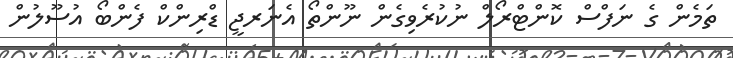
ތަމެން ގެ ނަފްސް ކޮންޓްރޯލް ނުކުރެވިގެން ނޫންތޯ އެނަރޖީ ޑްރިންކް ފެންބޯ އުސޫލުން